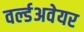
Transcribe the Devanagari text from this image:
वर्ल्डअवेयर